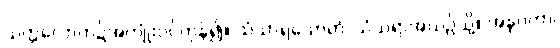
သတ္တလောက၌အကျုံးဝင်ကုန်၍။ သံသာရသောတံ၊ သံသရာအယဉ်သို့။ အနုဂတာ၊